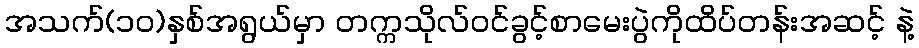
အသက်(၁၀)နှစ်အရွယ်မှာ တက္ကသိုလ်ဝင်ခွင့်စာမေးပွဲကိုထိပ်တန်းအဆင့် နဲ့